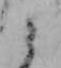
と